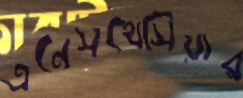
এনেসথেসিয়ার